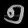
Digit: ၅